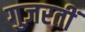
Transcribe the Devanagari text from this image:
गुज़रतीं